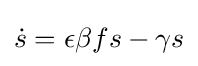
{\dot {s}}=\epsilon \beta fs-\gamma s